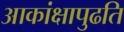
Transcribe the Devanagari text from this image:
आकांक्षापुढति